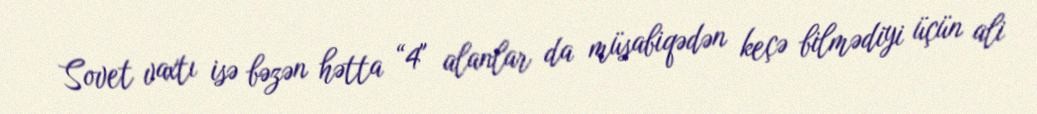
Sovet vaxtı isə bəzən hətta “4" alanlar da müsabiqədən keçə bilmədiyi üçün ali